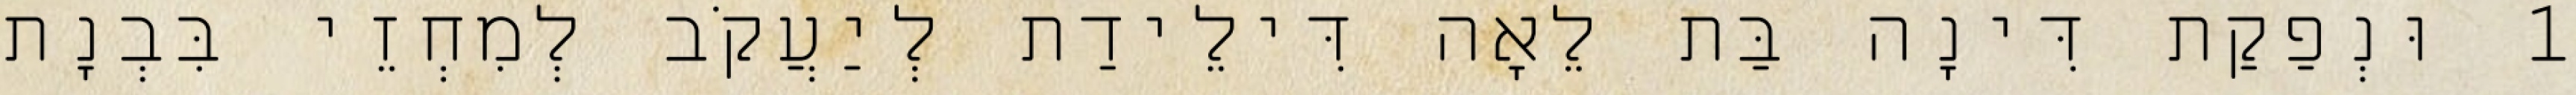
1 וּנְפַקַת דִּינָה בַּת לֵאָה דִּילֵידַת לְיַעֲקֹב לְמִחְזֵי בִּבְנָת